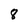
Character: 8